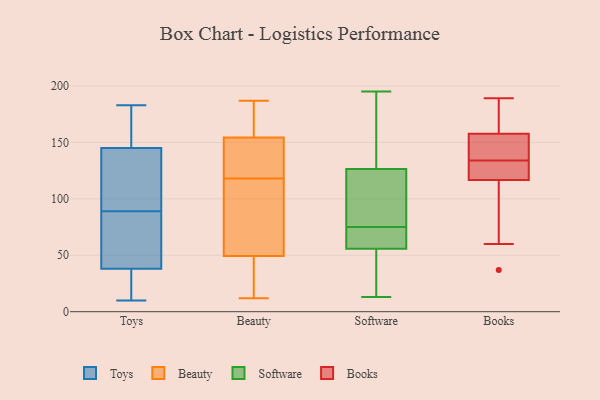
{"axis": {"x": "Tickets Resolved", "y": "Value"}, "legend": ["Beauty", "Books", "Software", "Toys"], "data": [{"x": "", "y": 145, "type": "Toys"}, {"x": "", "y": 128, "type": "Toys"}, {"x": "", "y": 116, "type": "Toys"}, {"x": "", "y": 79, "type": "Toys"}, {"x": "", "y": 166, "type": "Toys"}, {"x": "", "y": 13, "type": "Toys"}, {"x": "", "y": 16, "type": "Toys"}, {"x": "", "y": 105, "type": "Toys"}, {"x": "", "y": 38, "type": "Toys"}, {"x": "", "y": 98, "type": "Toys"}, {"x": "", "y": 164, "type": "Toys"}, {"x": "", "y": 10, "type": "Toys"}, {"x": "", "y": 80, "type": "Toys"}, {"x": "", "y": 183, "type": "Toys"}, {"x": "", "y": 157, "type": "Toys"}, {"x": "", "y": 67, "type": "Toys"}, {"x": "", "y": 75, "type": "Toys"}, {"x": "", "y": 34, "type": "Toys"}, {"x": "", "y": 138, "type": "Beauty"}, {"x": "", "y": 12, "type": "Beauty"}, {"x": "", "y": 94, "type": "Beauty"}, {"x": "", "y": 113, "type": "Beauty"}, {"x": "", "y": 155, "type": "Beauty"}, {"x": "", "y": 26, "type": "Beauty"}, {"x": "", "y": 54, "type": "Beauty"}, {"x": "", "y": 70, "type": "Beauty"}, {"x": "", "y": 160, "type": "Beauty"}, {"x": "", "y": 154, "type": "Beauty"}, {"x": "", "y": 160, "type": "Beauty"}, {"x": "", "y": 35, "type": "Beauty"}, {"x": "", "y": 118, "type": "Beauty"}, {"x": "", "y": 31, "type": "Beauty"}, {"x": "", "y": 187, "type": "Beauty"}, {"x": "", "y": 145, "type": "Beauty"}, {"x": "", "y": 136, "type": "Beauty"}, {"x": "", "y": 195, "type": "Software"}, {"x": "", "y": 85, "type": "Software"}, {"x": "", "y": 110, "type": "Software"}, {"x": "", "y": 135, "type": "Software"}, {"x": "", "y": 132, "type": "Software"}, {"x": "", "y": 61, "type": "Software"}, {"x": "", "y": 49, "type": "Software"}, {"x": "", "y": 61, "type": "Software"}, {"x": "", "y": 13, "type": "Software"}, {"x": "", "y": 54, "type": "Software"}, {"x": "", "y": 75, "type": "Software"}, {"x": "", "y": 93, "type": "Books"}, {"x": "", "y": 134, "type": "Books"}, {"x": "", "y": 163, "type": "Books"}, {"x": "", "y": 134, "type": "Books"}, {"x": "", "y": 164, "type": "Books"}, {"x": "", "y": 125, "type": "Books"}, {"x": "", "y": 189, "type": "Books"}, {"x": "", "y": 135, "type": "Books"}, {"x": "", "y": 37, "type": "Books"}, {"x": "", "y": 120, "type": "Books"}, {"x": "", "y": 148, "type": "Books"}, {"x": "", "y": 107, "type": "Books"}, {"x": "", "y": 120, "type": "Books"}, {"x": "", "y": 149, "type": "Books"}, {"x": "", "y": 176, "type": "Books"}, {"x": "", "y": 60, "type": "Books"}, {"x": "", "y": 156, "type": "Books"}]}